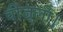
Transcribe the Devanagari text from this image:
वीज़्ली।